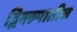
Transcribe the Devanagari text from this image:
द्विक्ल्पातील